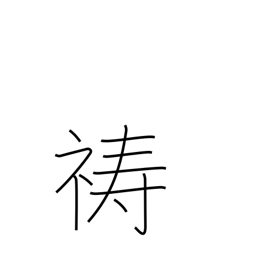
Meaning: pray